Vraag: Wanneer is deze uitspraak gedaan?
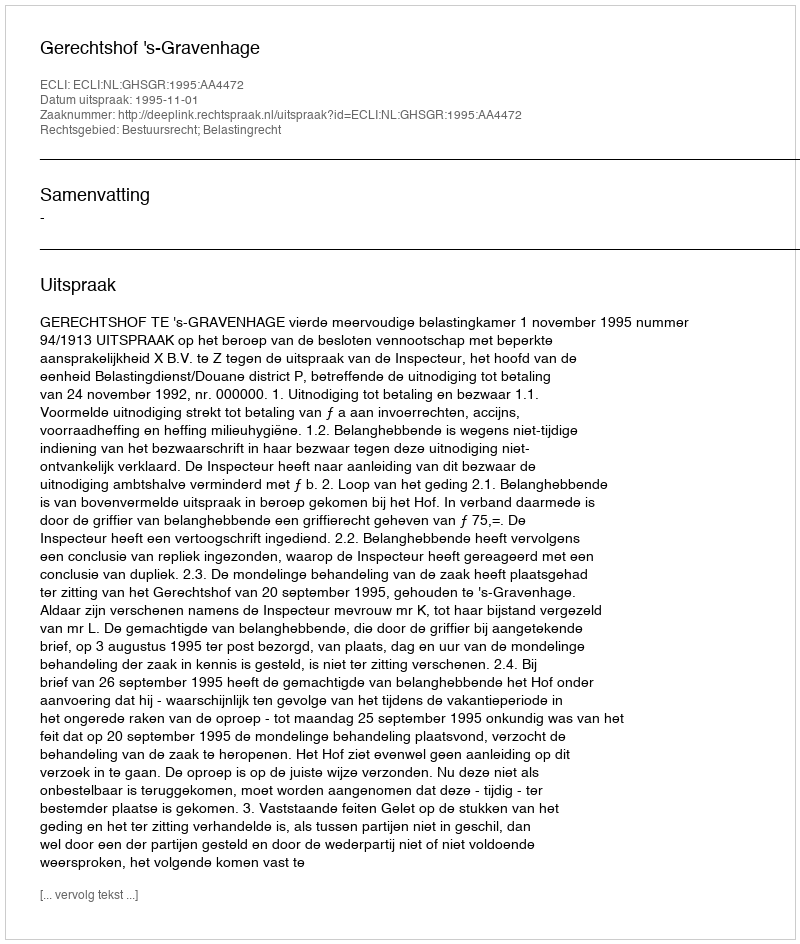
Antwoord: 1995-11-01